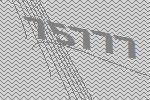
75777